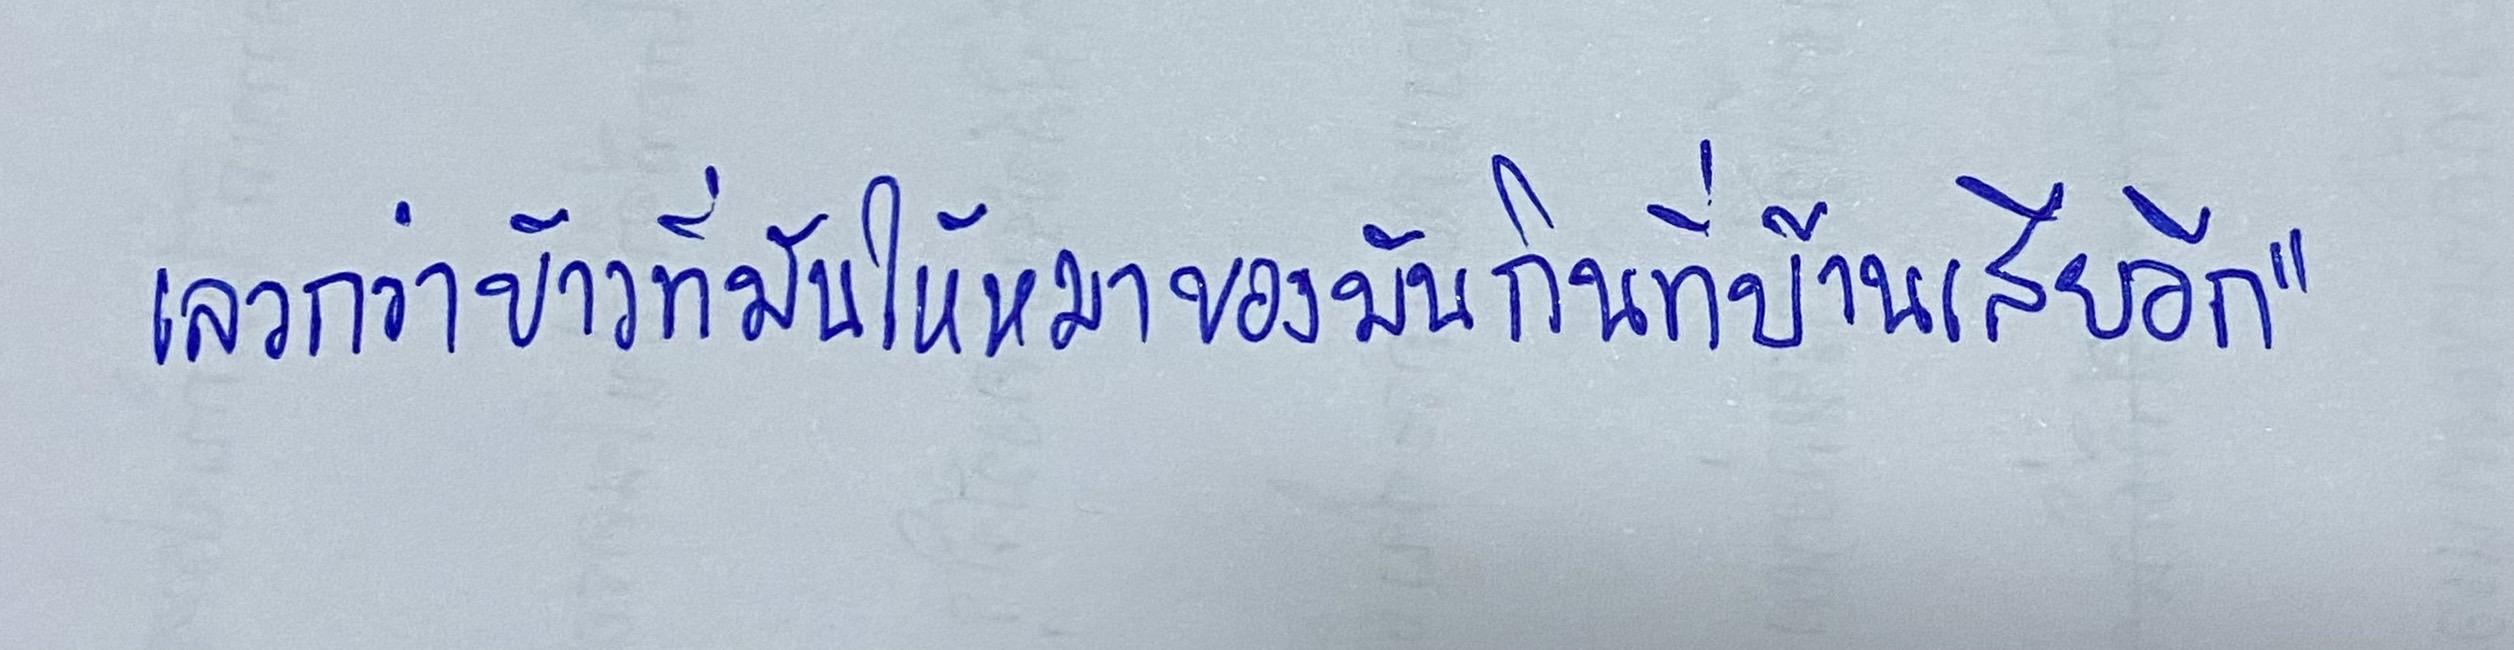
เลวกว่าข้าวที่มันให้หมาของมันกินที่บ้านเสียอีก"